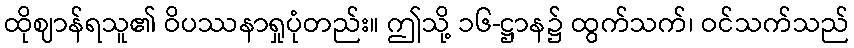
ထိုဈာန်ရသူ၏ ဝိပဿနာရှုပုံတည်း။ ဤသို့ ၁၆-ဋ္ဌာန၌ ထွက်သက်၊ ဝင်သက်သည်